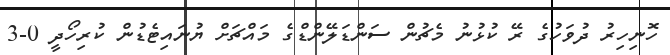
ހޮނިހިރު ދުވަހުގެ ރޭ ކުޅުނު މެޗުން ސަންޑަލޭންޑްގެ މައްޗަށް ޔުނައިޓެޑުން ކުރިހޯދީ 0-3